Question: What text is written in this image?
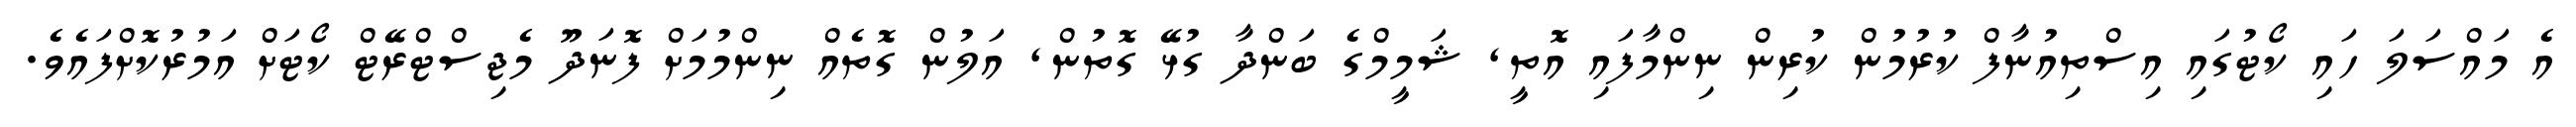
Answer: އެ މައްސަލަ ހައި ކޯޓުގައި އިސްތިއުނާފް ކުރުމުން ކުރިން ނިންމާފައި އޮތީ, ޝަމީމްގެ ބަންދާ ގުޅޭ ގޮތުން, އަލުން ގޮތެއް ނިންމުމަށް ފޮނަދޫ މެޖިސްޓްރޭޓް ކޯޓަށް އަމުރުކޮށްފައެވެ.